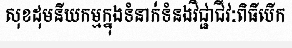
សុខដុមនីយកម្មក្នុងទំនាក់ទំនងវិជ្ជាជីវៈពិធីបើក